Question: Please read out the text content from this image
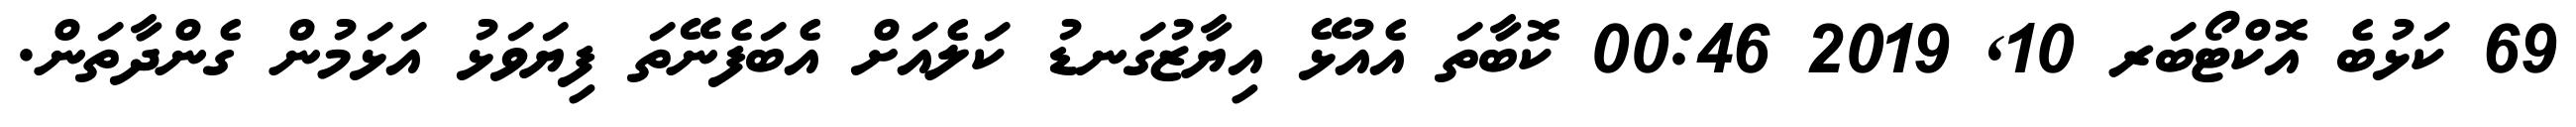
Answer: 69 ކަޅުބެ އޮކްޓޯބަރ 10, 2019 00:46 ކޮބާތަ އެއުޅޭ އިޔާޒުގަނޑު ކަލެއަށް އެބަފެނޭތަ ފިޔަވަޅު އަޅަމުން ގެންދާތަން.